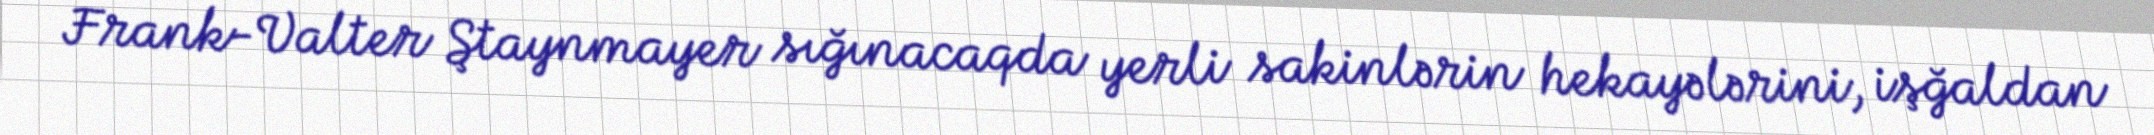
Frank-Valter Ştaynmayer sığınacaqda yerli sakinlərin hekayələrini, işğaldan